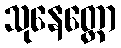
သုနေတ္တော